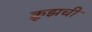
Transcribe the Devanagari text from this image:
क्रूझची